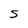
Character: S